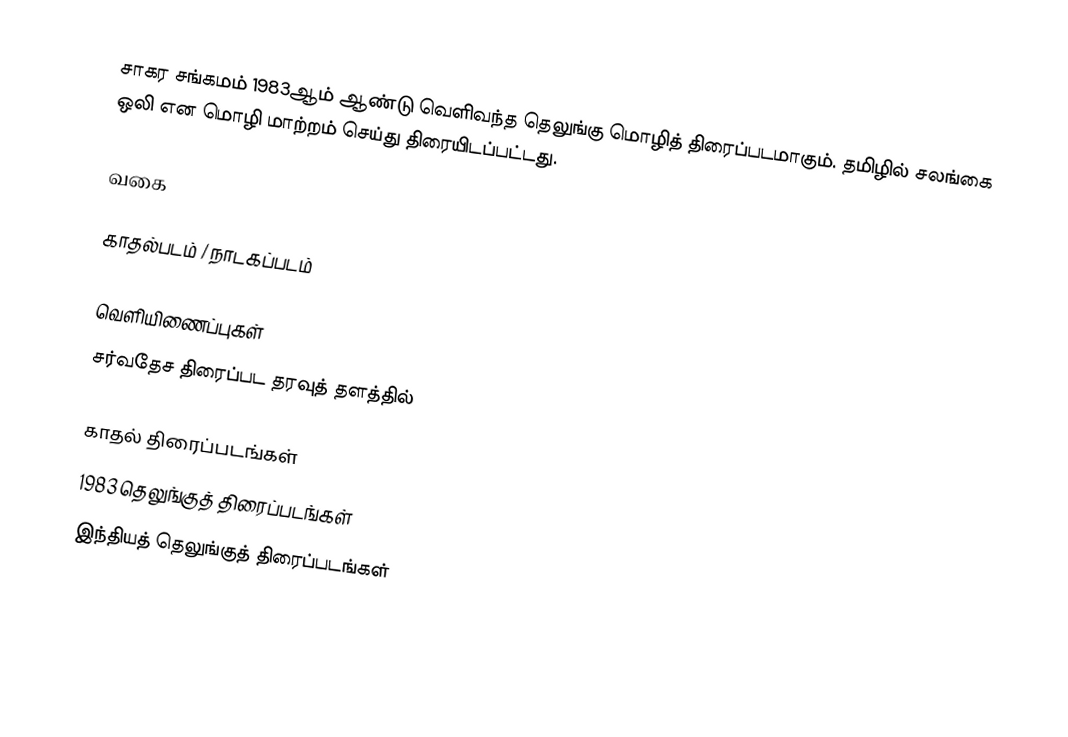
சாகர சங்கமம் 1983ஆம் ஆண்டு வெளிவந்த தெலுங்கு மொழித் திரைப்படமாகும். தமிழில் சலங்கை ஒலி என மொழி மாற்றம் செய்து திரையிடப்பட்டது.

வகை

காதல்படம் / நாடகப்படம்

வெளியிணைப்புகள்
சர்வதேச திரைப்பட தரவுத் தளத்தில்

காதல் திரைப்படங்கள்
1983 தெலுங்குத் திரைப்படங்கள்
இந்தியத் தெலுங்குத் திரைப்படங்கள்